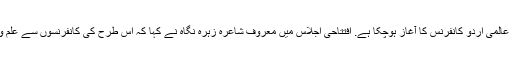
تفصیلات کے مطابق آرٹس کونسل کی عالمی اردو کانفرنس کا آغاز ہوچکا ہے. افتتاحی اجلاس میں معروف شاعرہ زہرہ نگاہ نے کہا کہ اس طرح کی کانفرنسوں سے علم و ادب کے ساتھ ساتھ محبت پھیلتی ہے۔